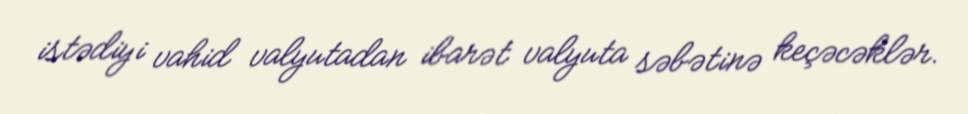
istədiyi vahid valyutadan ibarət valyuta səbətinə keçəcəklər.